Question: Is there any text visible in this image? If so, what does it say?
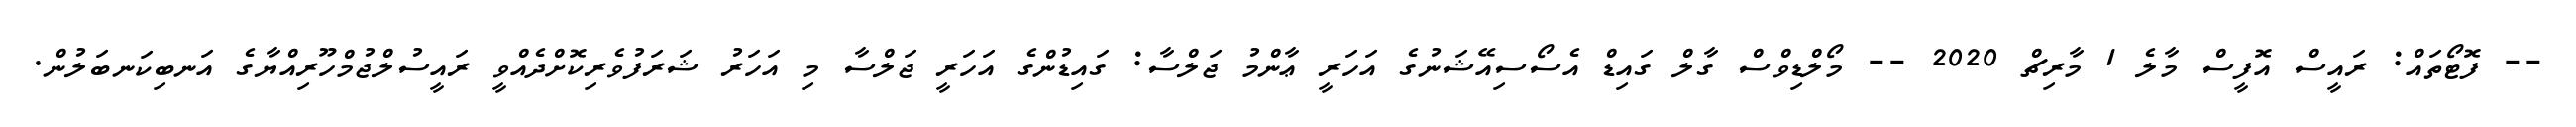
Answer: -- ފޮޓޯތައް: ރައީސް އޮފީސް މާލެ 1 މާރިޗް 2020 -- މޯލްޑިވްސް ގާލް ގައިޑް އެސޯސިއޭޝަނުގެ އަހަރީ ޢާންމު ޖަލްސާ: ގައިޑުންގެ އަހަރީ ޖަލްސާ މި އަހަރު ޝަރަފުވެރިކޮށްދެއްވީ ރައީސުލްޖުމްހޫރިއްޔާގެ އަނބިކަނބަލުން.